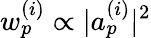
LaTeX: w_{p}^{(i)}\propto|a_{p}^{(i)}|^{2}